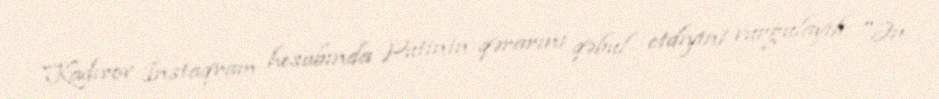
Kadırov İnstaqram hesabında Putinin qərarını qəbul etdiyini vurğulayıb: "Ən